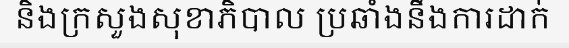
និងក្រសួងសុខាភិបាល ប្រឆាំងនឹងការដាក់